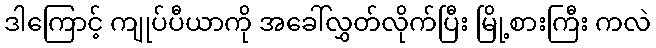
ဒါကြောင့် ကျုပ်ပီယာကို အခေါ်လွှတ်လိုက်ပြီး မြို့စားကြီး ကလဲ